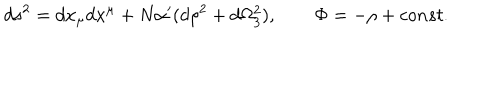
d s ^ { 2 } = d x _ { \mu } d x ^ { \mu } + N \alpha ^ { \prime } ( d \rho ^ { 2 } + d \Omega _ { 3 } ^ { 2 } ) , \qquad \Phi = - \rho + c o n s t .